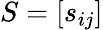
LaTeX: S=[s_{ij}]